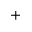
^ +